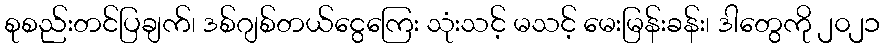
စုစည်းတင်ပြချက်၊ ဒစ်ဂျစ်တယ်ငွေကြေး သုံးသင့် မသင့် မေးမြန်းခန်း၊ ဒါတွေကို ၂၀၂၁